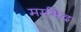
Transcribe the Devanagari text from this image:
मर्मभेद